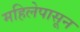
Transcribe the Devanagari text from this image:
महिलेपासून